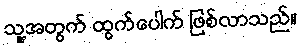
သူ့အတွက် ထွက်ပေါက် ဖြစ်လာသည်။